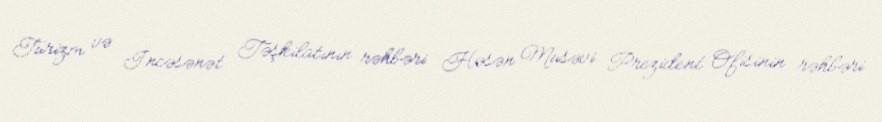
Turizm və İncəsənət Təşkilatının rəhbəri Həsən Musəvi Prezident Ofisinin rəhbəri